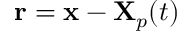
\mathbf { r } = \mathbf { x } - \mathbf { X } _ { p } ( t )